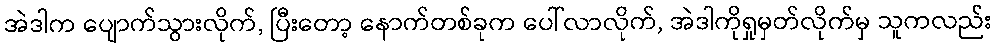
အဲဒါက ပျောက်သွားလိုက်, ပြီးတော့ နောက်တစ်ခုက ပေါ်လာလိုက်, အဲဒါကိုရှုမှတ်လိုက်မှ သူကလည်း